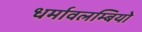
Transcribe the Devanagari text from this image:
धर्मावलम्बियो